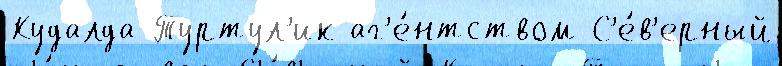
Кудалда Туртул'ик аг'е́нтством С'е́в'ерный